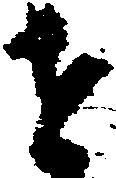
せ